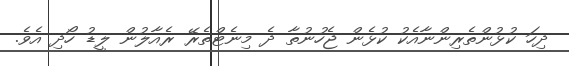
ދިހަ ކުޅުންތެރިންނާއެކު ކުޅެން ޖެހުނުތާ ދެ މިނެޓްތެރޭ ރެއާލުން ލީޑު ހޯދި އެވެ.